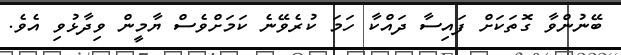
ބޭނުންވާ ގޮތަކަށް ފައިސާ ދައްކާ ހަމަ ކުރެވޭނެ ކަމަށްވެސް ޔާމީން ވިދާޅުވި އެވެ.